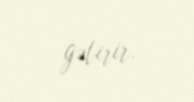
gətirir.